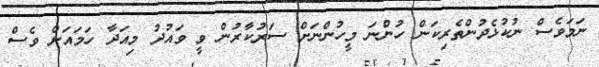
ނަމަވެސް ނުކުޅެދުންތެރިކަން ހުންނަ މީހުންނަށް ސަރުކާރުން ވީ ވައުދު މިއަދާ ހަމައަށް ވެސް